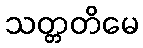
သတ္တတိမေ